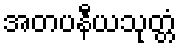
အတပနီယသုတ္တံ